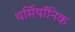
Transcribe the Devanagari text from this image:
थर्मियॉनिक